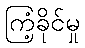
ကြံ့ခိုင်မှု